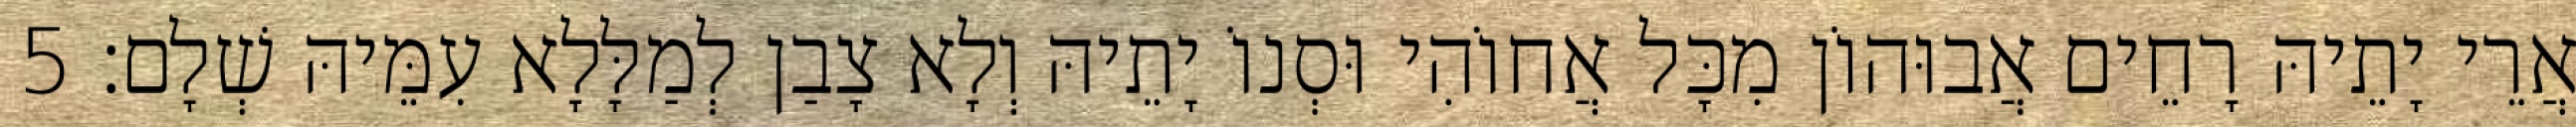
אֲרֵי יָתֵיהּ רָחֵים אֲבוּהוֹן מִכָּל אֲחוֹהִי וּסְנוֹ יָתֵיהּ וְלָא צָבַן לְמַלָּלָא עִמֵּיהּ שְׁלָם׃ 5